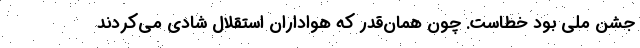
جشن ملی بود خطاست. چون همان‌قدر که هواداران استقلال شادی می‌کردند